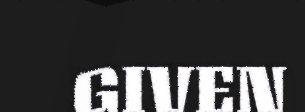
GIVEN